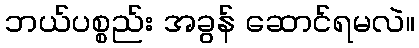
ဘယ်ပစ္စည်း အခွန် ဆောင်ရမလဲ။